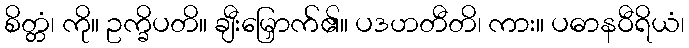
စိတ္တံ၊ ကို။ ဥက္ခိပတိ။ ချီးမြှောက်၏။ ပဒဟတီတိ၊ ကား။ ပဓာနဝီရိယံ၊